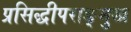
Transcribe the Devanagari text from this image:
प्रसिद्धीपराङ्‌मुख